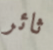
ثائر